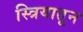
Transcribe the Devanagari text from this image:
स्त्रियातून